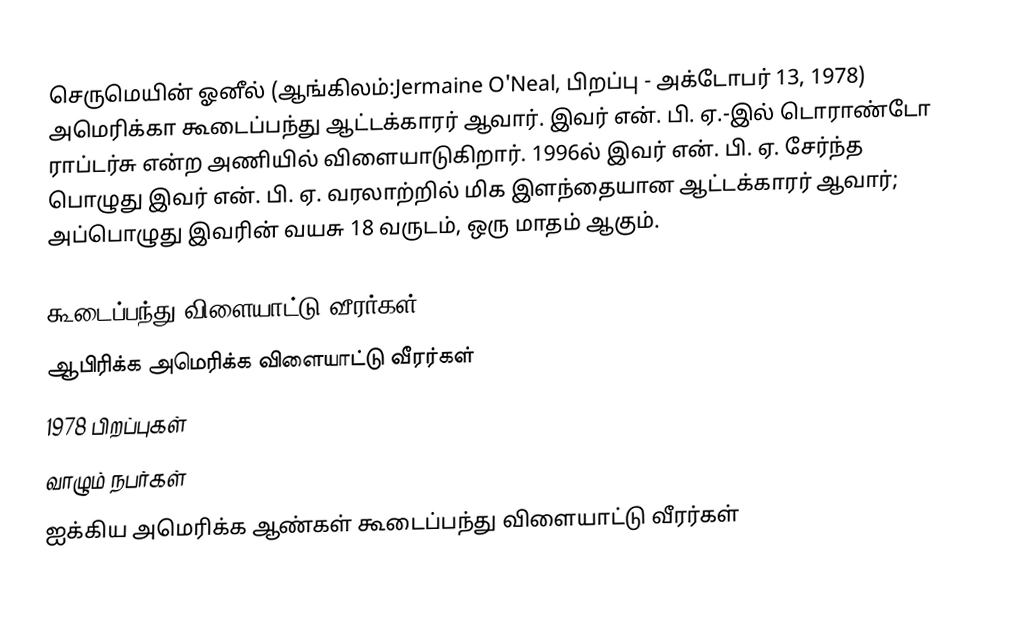
செருமெயின் ஓனீல் (ஆங்கிலம்:Jermaine O'Neal, பிறப்பு - அக்டோபர் 13, 1978) அமெரிக்கா கூடைப்பந்து ஆட்டக்காரர் ஆவார். இவர் என். பி. ஏ.-இல் டொராண்டோ ராப்டர்சு என்ற அணியில் விளையாடுகிறார். 1996ல் இவர் என். பி. ஏ. சேர்ந்த பொழுது இவர் என். பி. ஏ. வரலாற்றில் மிக இளந்தையான ஆட்டக்காரர் ஆவார்; அப்பொழுது இவரின் வயசு 18 வருடம், ஒரு மாதம் ஆகும்.

கூடைப்பந்து விளையாட்டு வீரர்கள்
ஆபிரிக்க அமெரிக்க விளையாட்டு வீரர்கள்
1978 பிறப்புகள்
வாழும் நபர்கள்
ஐக்கிய அமெரிக்க ஆண்கள் கூடைப்பந்து விளையாட்டு வீரர்கள்